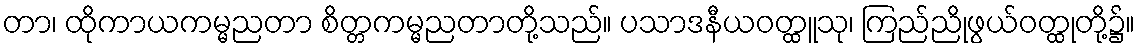
တာ၊ ထိုကာယကမ္မညတာ စိတ္တကမ္မညတာတို့သည်။ ပသာဒနီယဝတ္ထူသု၊ ကြည်ညိုဖွယ်ဝတ္ထုတို့၌။